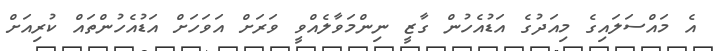
އެ މައްސަލައިގެ މިއަދުގެ އަޑުއެހުން ގާޒީ ނިންމަވާލެއްވީ ވަރަށް އަވަހަށް އަޑުއެހުންތައް ކުރިއަށް